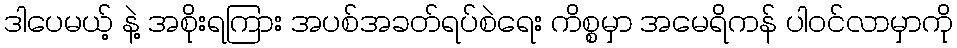
ဒါပေမယ့် နဲ့ အစိုးရကြား အပစ်အခတ်ရပ်စဲရေး ကိစ္စမှာ အမေရိကန် ပါဝင်လာမှာကို